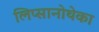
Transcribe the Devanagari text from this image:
लिप्सानोथेका